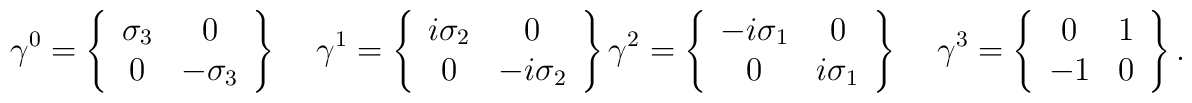
\gamma^0=\left\{\begin{array}{cc} \sigma_3 & 0\\0 & -\sigma_3 \end{array}\right\} \ \ \ \ \ \gamma^1=\left\{\begin{array}{cc} i\sigma_2 & 0\\0 & -i\sigma_2 \end{array}\right\} \\\\\gamma^2=\left\{\begin{array}{cc} -i\sigma_1 & 0\\0 & i\sigma_1 \end{array}\right\} \ \ \ \ \ \gamma^3=\left\{\begin{array}{cc} 0 & 1\\-1 & 0 \end{array}\right\}.